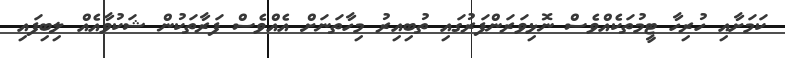
ކަމަށާއި ހުރިހާ ޓީމުތަކެއްވެސް ނޮޅިވަރަންފަރުގައި ތުބިއިރު މިހާތަނަށް އެއްވެސް ފަރާތަކުން ޝަކުވާއެއް ލިބިފައި